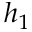
h _ { 1 }